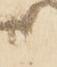
候